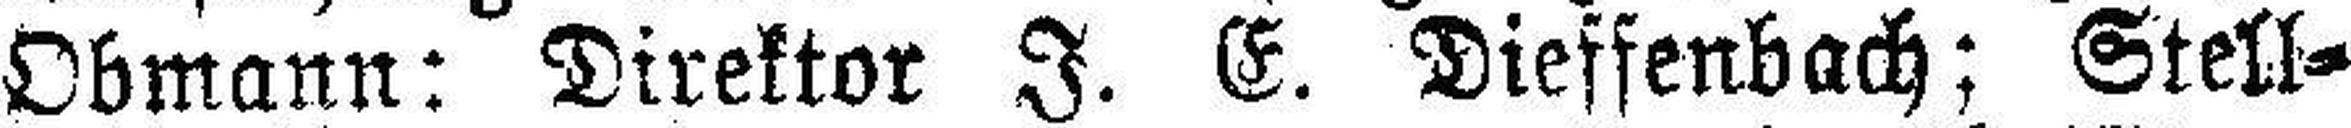
Obmann: Direktor J. E. Dieffenbach; Stell¬